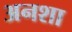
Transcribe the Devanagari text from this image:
अनशा